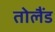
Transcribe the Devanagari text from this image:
तोलैंड